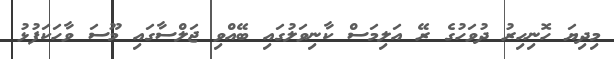
މިދިޔަ ހޮނިހިރު ދުވަހުގެ ރޭ އަލިމަސް ކާނިވަލުގައި ބޭއްވި ޖަލްސާގައި މޫސަ ވާހަކަފުޅު